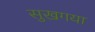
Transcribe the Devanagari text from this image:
सुखगया